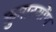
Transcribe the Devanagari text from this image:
कुमास्योंण